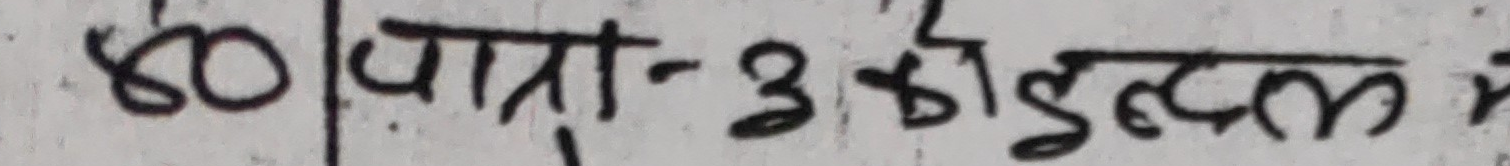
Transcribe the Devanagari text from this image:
४० | पात्रा ३ कीडिटल म